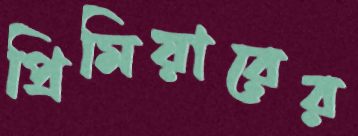
প্রিমিয়ারের